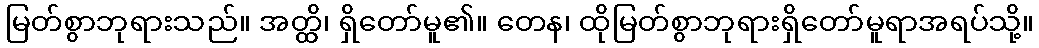
မြတ်စွာဘုရားသည်။ အတ္ထိ၊ ရှိတော်မူ၏။ တေန၊ ထိုမြတ်စွာဘုရားရှိတော်မူရာအရပ်သို့။